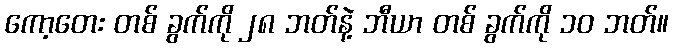
ကော့တေး တစ် ခွက်ကို ၂၈ ဘတ်နဲ့ ဘီယာ တစ် ခွက်ကို ၁၀ ဘတ်။